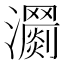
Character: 𤄨